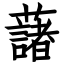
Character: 藷